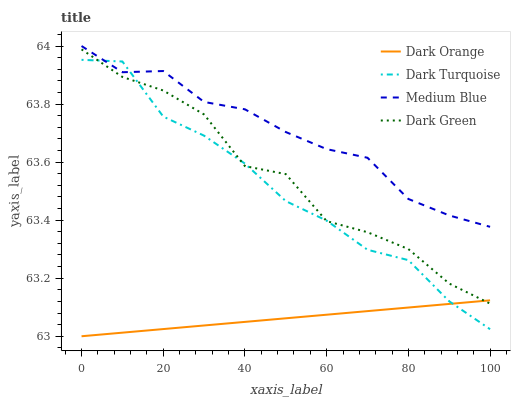
| xaxis_label | Dark Orange | Dark Turquoise | Medium Blue | Dark Green |
 | --- | --- | --- | --- | --- |
 | 0 | 63 | 64 | 64 | 64 |
 | 10 | 63 | 63.9 | 63.9 | 63.9 |
 | 20 | 63 | 63.8 | 63.9 | 63.8 |
 | 30 | 63 | 63.7 | 63.8 | 63.8 |
 | 40 | 63 | 63.6 | 63.8 | 63.6 |
 | 50 | 63.1 | 63.5 | 63.7 | 63.6 |
 | 60 | 63.1 | 63.4 | 63.6 | 63.4 |
 | 70 | 63.1 | 63.3 | 63.6 | 63.4 |
 | 80 | 63.1 | 63.3 | 63.5 | 63.3 |
 | 90 | 63.1 | 63.1 | 63.4 | 63.2 |
 | 100 | 63.1 | 63 | 63.4 | 63.1 |